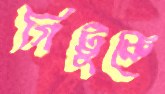
গিট্টুকে